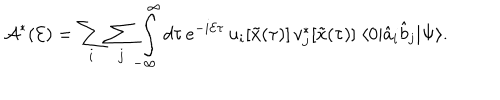
{ \cal A } ^ { * } ( { \cal E } ) = \sum _ { i } \sum _ { j } \int _ { - \infty } ^ { \infty } d \tau \, e ^ { - i { \cal E } \tau } \, u _ { i } [ { \tilde { x } } ( \tau ) ] \, v _ { j } ^ { * } [ { \tilde { x } } ( \tau ) ] \; \langle 0 \vert { \hat { a } } _ { i } { \hat { b } } _ { j } \vert \Psi \rangle .